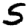
Digit: 5